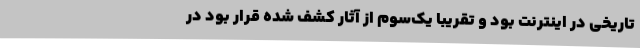
تاریخی در اینترنت بود و تقریبا یک‌سوم از آثار کشف شده قرار بود در